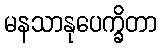
မနသာနုပေက္ခိတာ